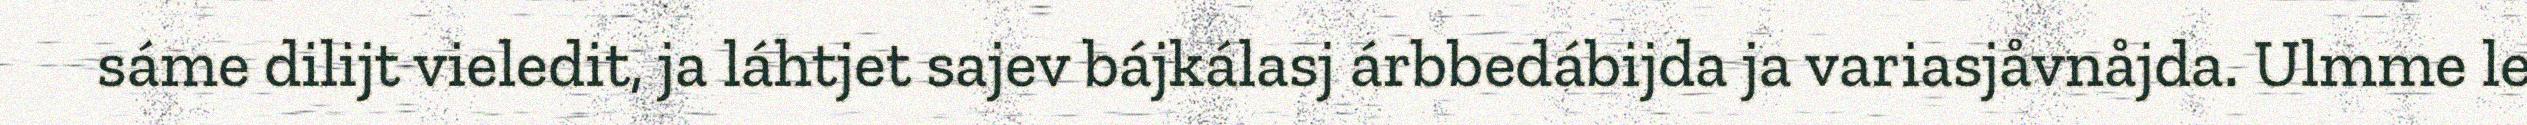
sáme dilijt vieledit, ja láhtjet sajev bájkálasj árbbedábijda ja variasjåvnåjda. Ulmme le